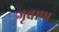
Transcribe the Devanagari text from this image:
गृवाण